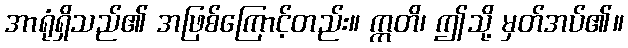
အာရုံရှိသည်၏ အဖြစ်ကြောင့်တည်း။ ဣတိ၊ ဤသို့ မှတ်အပ်၏။